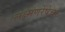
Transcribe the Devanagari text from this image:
लक्ष्मणरेषेचा